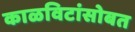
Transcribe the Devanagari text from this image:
काळविटांसोबत